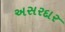
અસરદાર